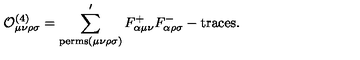
{ \cal O } _ { \mu \nu \rho \sigma } ^ { ( 4 ) } = \sum _ { \mathrm { p e r m s } ( \mu \nu \rho \sigma ) } ^ { \prime } F _ { \alpha \mu \nu } ^ { + } F _ { \alpha \rho \sigma } ^ { - } - \mathrm { t r a c e s } .